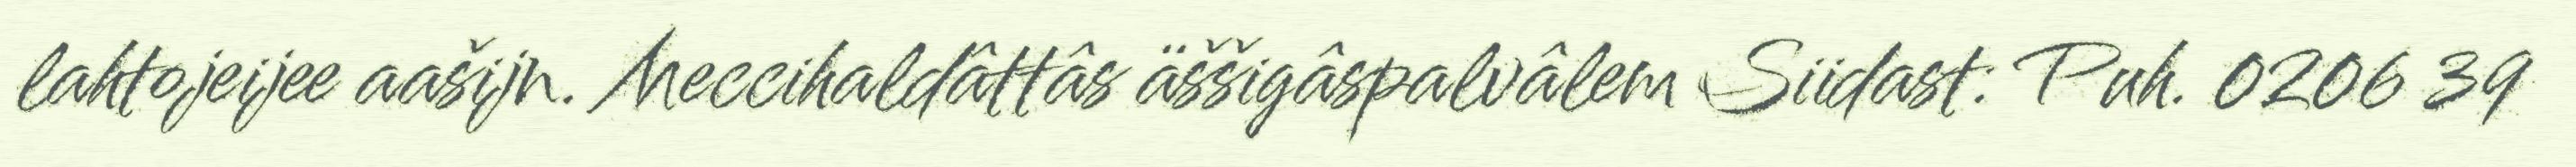
lahtojeijee aašijn. Meccihaldâttâs äššigâspalvâlem Siidast: Puh. 0206 39